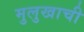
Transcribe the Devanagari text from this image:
मुलुखाची